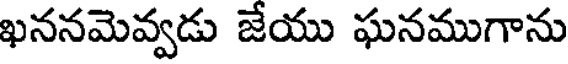
ఖననమెవ్వడు జేయు ఘనముగాను